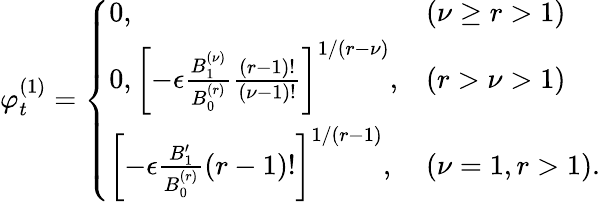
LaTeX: \varphi_{t}^{(1)}=\left\{ \begin{array}{ll}{0,}&{(\nu\geq r>1)}\\ {0,\left[-\epsilon\frac{B_{1}^{(\nu)}}{B_{0}^{(r)}}\frac{(r-1)!}{(\nu-1)!}\right]^{1/(r-\nu)},}&{(r>\nu>1)}\\ {\left[-\epsilon\frac{B_{1}^{\prime}}{B_{0}^{(r)}}(r-1)!\right]^{1/(r-1)},}&{(\nu=1,r>1).}\end{array}\right.